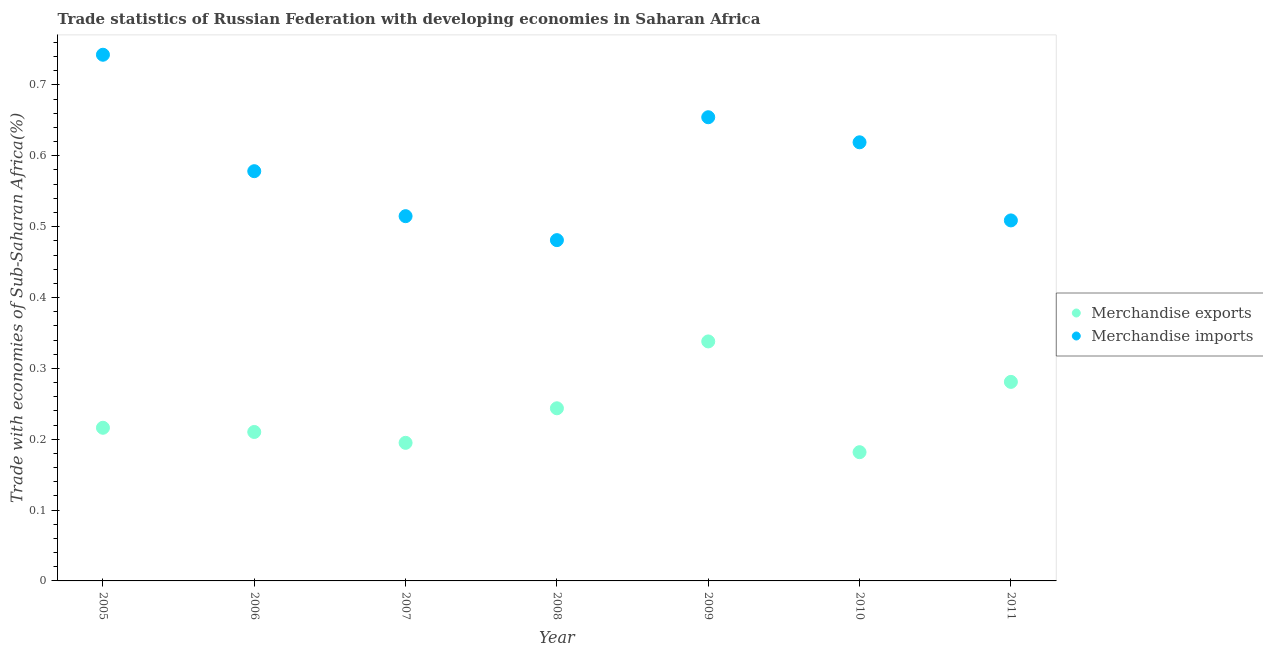
| Year | Merchandise exports | Merchandise imports |
 | --- | --- | --- |
 | 2005 | 0.216 | 0.743 |
 | 2006 | 0.21 | 0.578 |
 | 2007 | 0.195 | 0.515 |
 | 2008 | 0.244 | 0.481 |
 | 2009 | 0.338 | 0.654 |
 | 2010 | 0.182 | 0.619 |
 | 2011 | 0.281 | 0.509 |